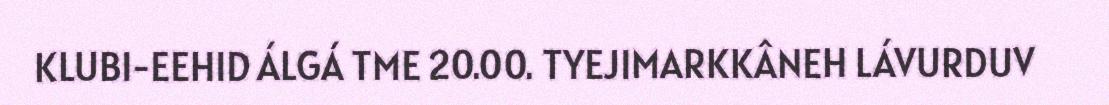
KLUBI-EEHID ÁLGÁ TME 20.00. TYEJIMARKKÂNEH LÁVURDUV